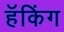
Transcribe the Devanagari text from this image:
हॅकिंग